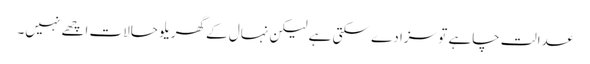
عدالت چاہے تو سزا دے سکتی ہے لیکن نہال کے گھریلو حالات اچھے نہیں۔